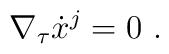
\nabla_{\tau}\dot{x}^j = 0~.